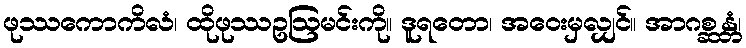
ဖုဿကောကိလံ၊ ထိုဖုဿဥဩမင်းကို။ ဒူရတော၊ အဝေးမှလျှင်။ အာဂစ္ဆန္တံ၊